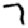
Digit: 7